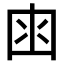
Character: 𡇋